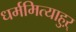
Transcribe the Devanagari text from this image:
धर्ममित्याहुऱ्